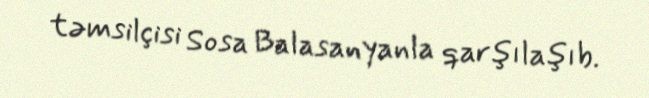
təmsilçisi Sosa Balasanyanla qarşılaşıb.